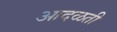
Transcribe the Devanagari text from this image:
आदळती